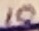
Text: 10